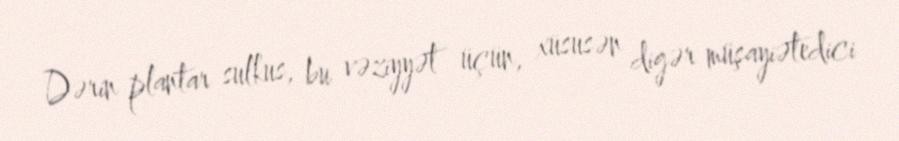
Dərin plantar sulkus, bu vəziyyət üçün, xüsusən digər müşayiətedici